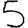
Digit: 5